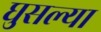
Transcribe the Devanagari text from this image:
घुसल्या